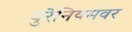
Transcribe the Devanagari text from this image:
युरेनियमवर